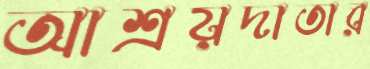
আশ্রয়দাতার